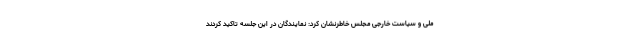
ملی و سیاست خارجی مجلس خاطرنشان کرد: نمایندگان در این جلسه تاکید کردند